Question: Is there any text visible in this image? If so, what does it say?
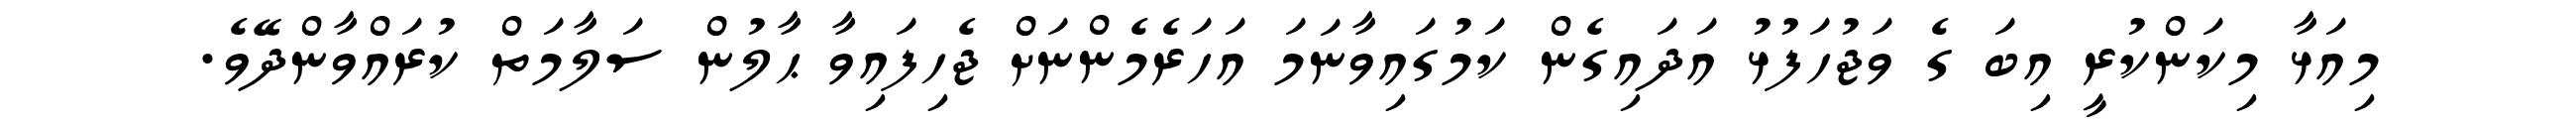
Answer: މިއަޅާ މިކަންކުރީ އިބަ ގެ ވަޖުހަފުޅު އަދައިގެން ކަމުގައިވާނަމަ އަހަރެމެންނަށް ޖެހިފައިވާ ޙާލުން ސަލާމަތް ކުރައްވާންދޭވެ.